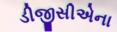
ડીજીસીએના